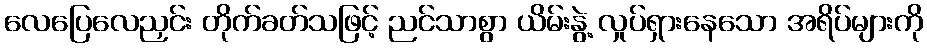
လေပြေလေညှင်း တိုက်ခတ်သဖြင့် ညင်သာစွာ ယိမ်းနွဲ့ လှုပ်ရှားနေသော အရိပ်များကို